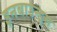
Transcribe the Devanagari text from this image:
इनबाउन्ड्स